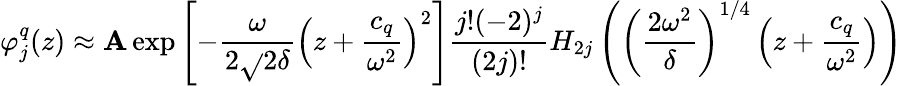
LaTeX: \varphi_{j}^{q}(z)\approx\mathbf{A}\exp\left[-\frac{{\omega}}{{2\sqrt{}{{2\delta}}}}\left(z+\frac{{c_{q}}}{{\omega^{2}}}\right)^{2}\right]\frac{{j!(-2)^{j}}}{{(2j)!}}H_{2j}\left(\left(\frac{{2\omega^{2}}}{{\delta}}\right)^{1/4}\left(z+\frac{{c_{q}}}{{\omega^{2}}}\right)\right)